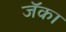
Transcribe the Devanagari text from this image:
जॅका